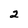
Character: 2